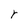
Character: r